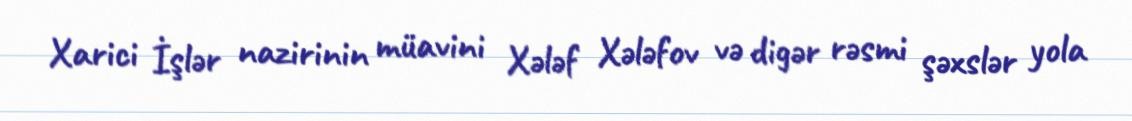
Xarici İşlər nazirinin müavini Xələf Xələfov və digər rəsmi şəxslər yola